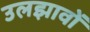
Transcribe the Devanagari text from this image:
उलझावों